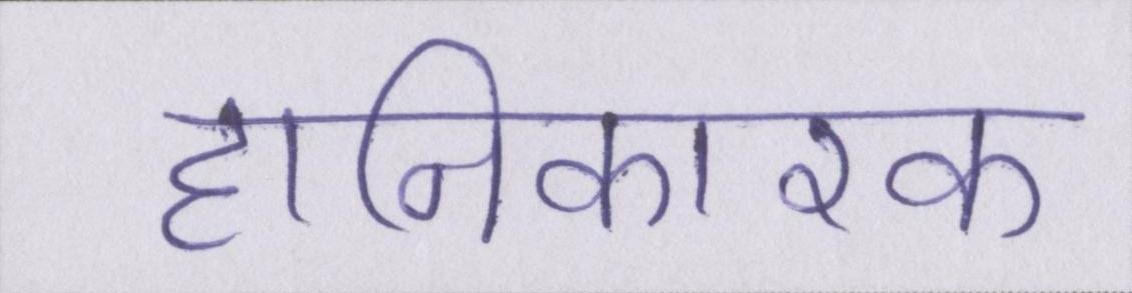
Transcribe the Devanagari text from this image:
हानिकारक